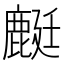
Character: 𪊶